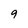
Character: 9